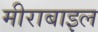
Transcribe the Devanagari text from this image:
मीराबाइल